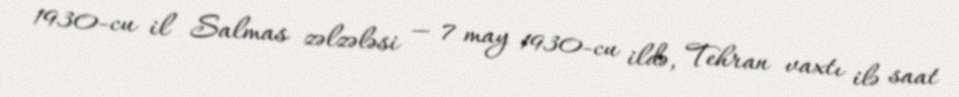
1930-cu il Salmas zəlzələsi — 7 may 1930-cu ildə, Tehran vaxtı ilə saat